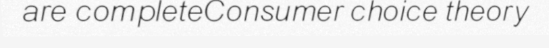
are completeConsumer choice theory